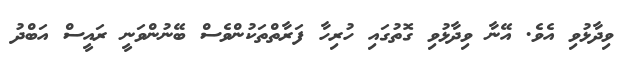
ވިދާޅުވި އެވެ. އޭނާ ވިދާޅުވި ގޮތުގައި ހުރިހާ ފަރާތްތަކުންވެސް ބޭނުންވަނީ ރައީސް އަބްދު